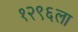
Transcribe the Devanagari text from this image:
१२९६ला